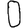
Digit: 0